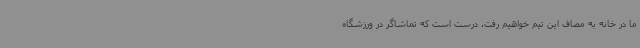
ما در خانه به مصاف این تیم خواهیم رفت. درست است که تماشاگر در ورزشگاه